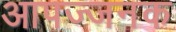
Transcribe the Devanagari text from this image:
आपज्जनक